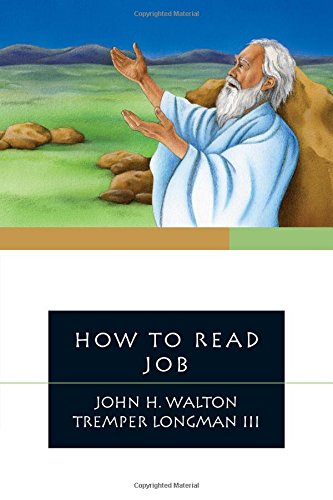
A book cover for How to Read Job; John H. Walton; Christian Books & Bibles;